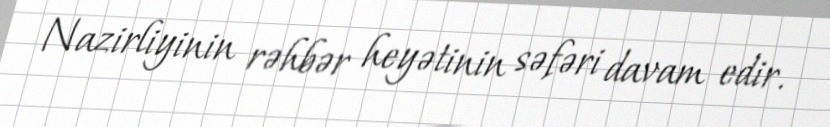
Nazirliyinin rəhbər heyətinin səfəri davam edir.